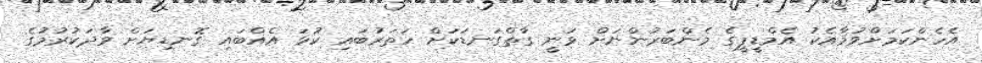
އެހެންކަމަށްވުމާއެކު އެމްޑީޕީގެ މެންބަރުންނަށް ވަނީ ގާތްގަނޑަކަށް ހަތަރުބައި ކުޅަ އެއްބައި ގޮނޑިޔަށް ވާދަކުރުމުގެ